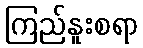
ကြည်နူးစရာ